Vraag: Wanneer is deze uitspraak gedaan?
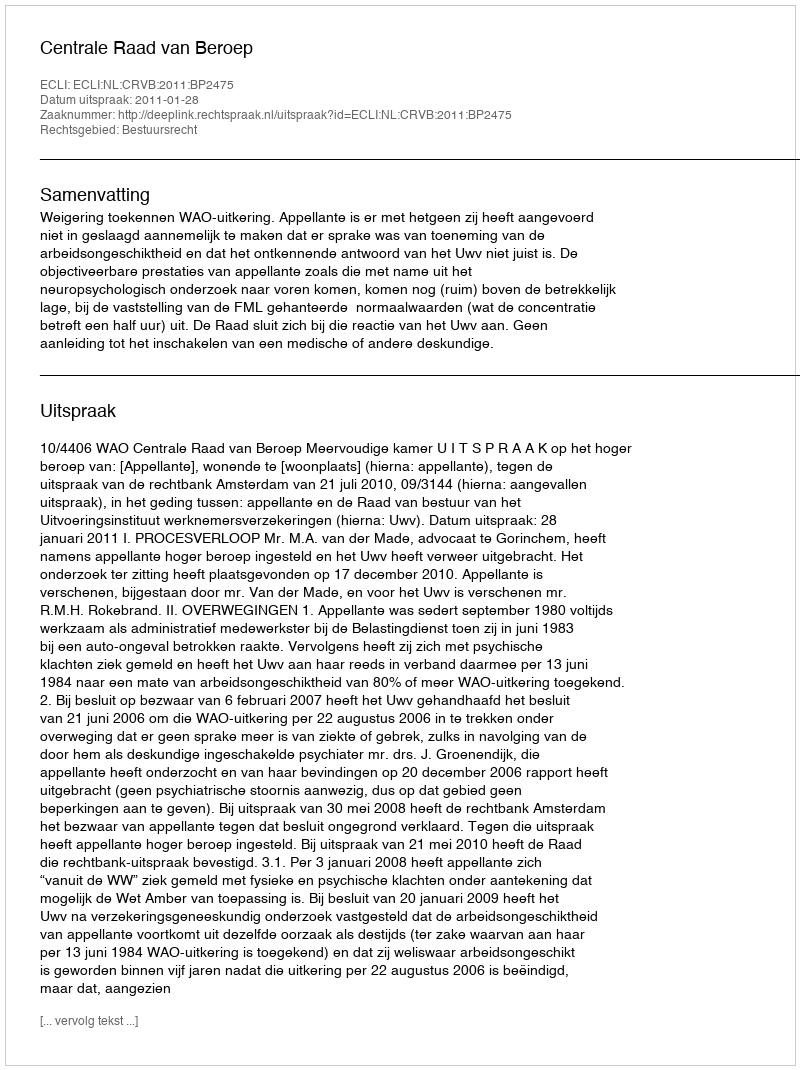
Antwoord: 2011-01-28